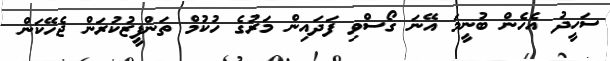
ސަހީދު އެހެން ބުނީމަ އޭނަ ގޯސްވި ފަދައިން މަރުގެ ހުކުމް ތަންފީޒުކުރަން ޖެހޭކަން